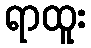
ရာထူး